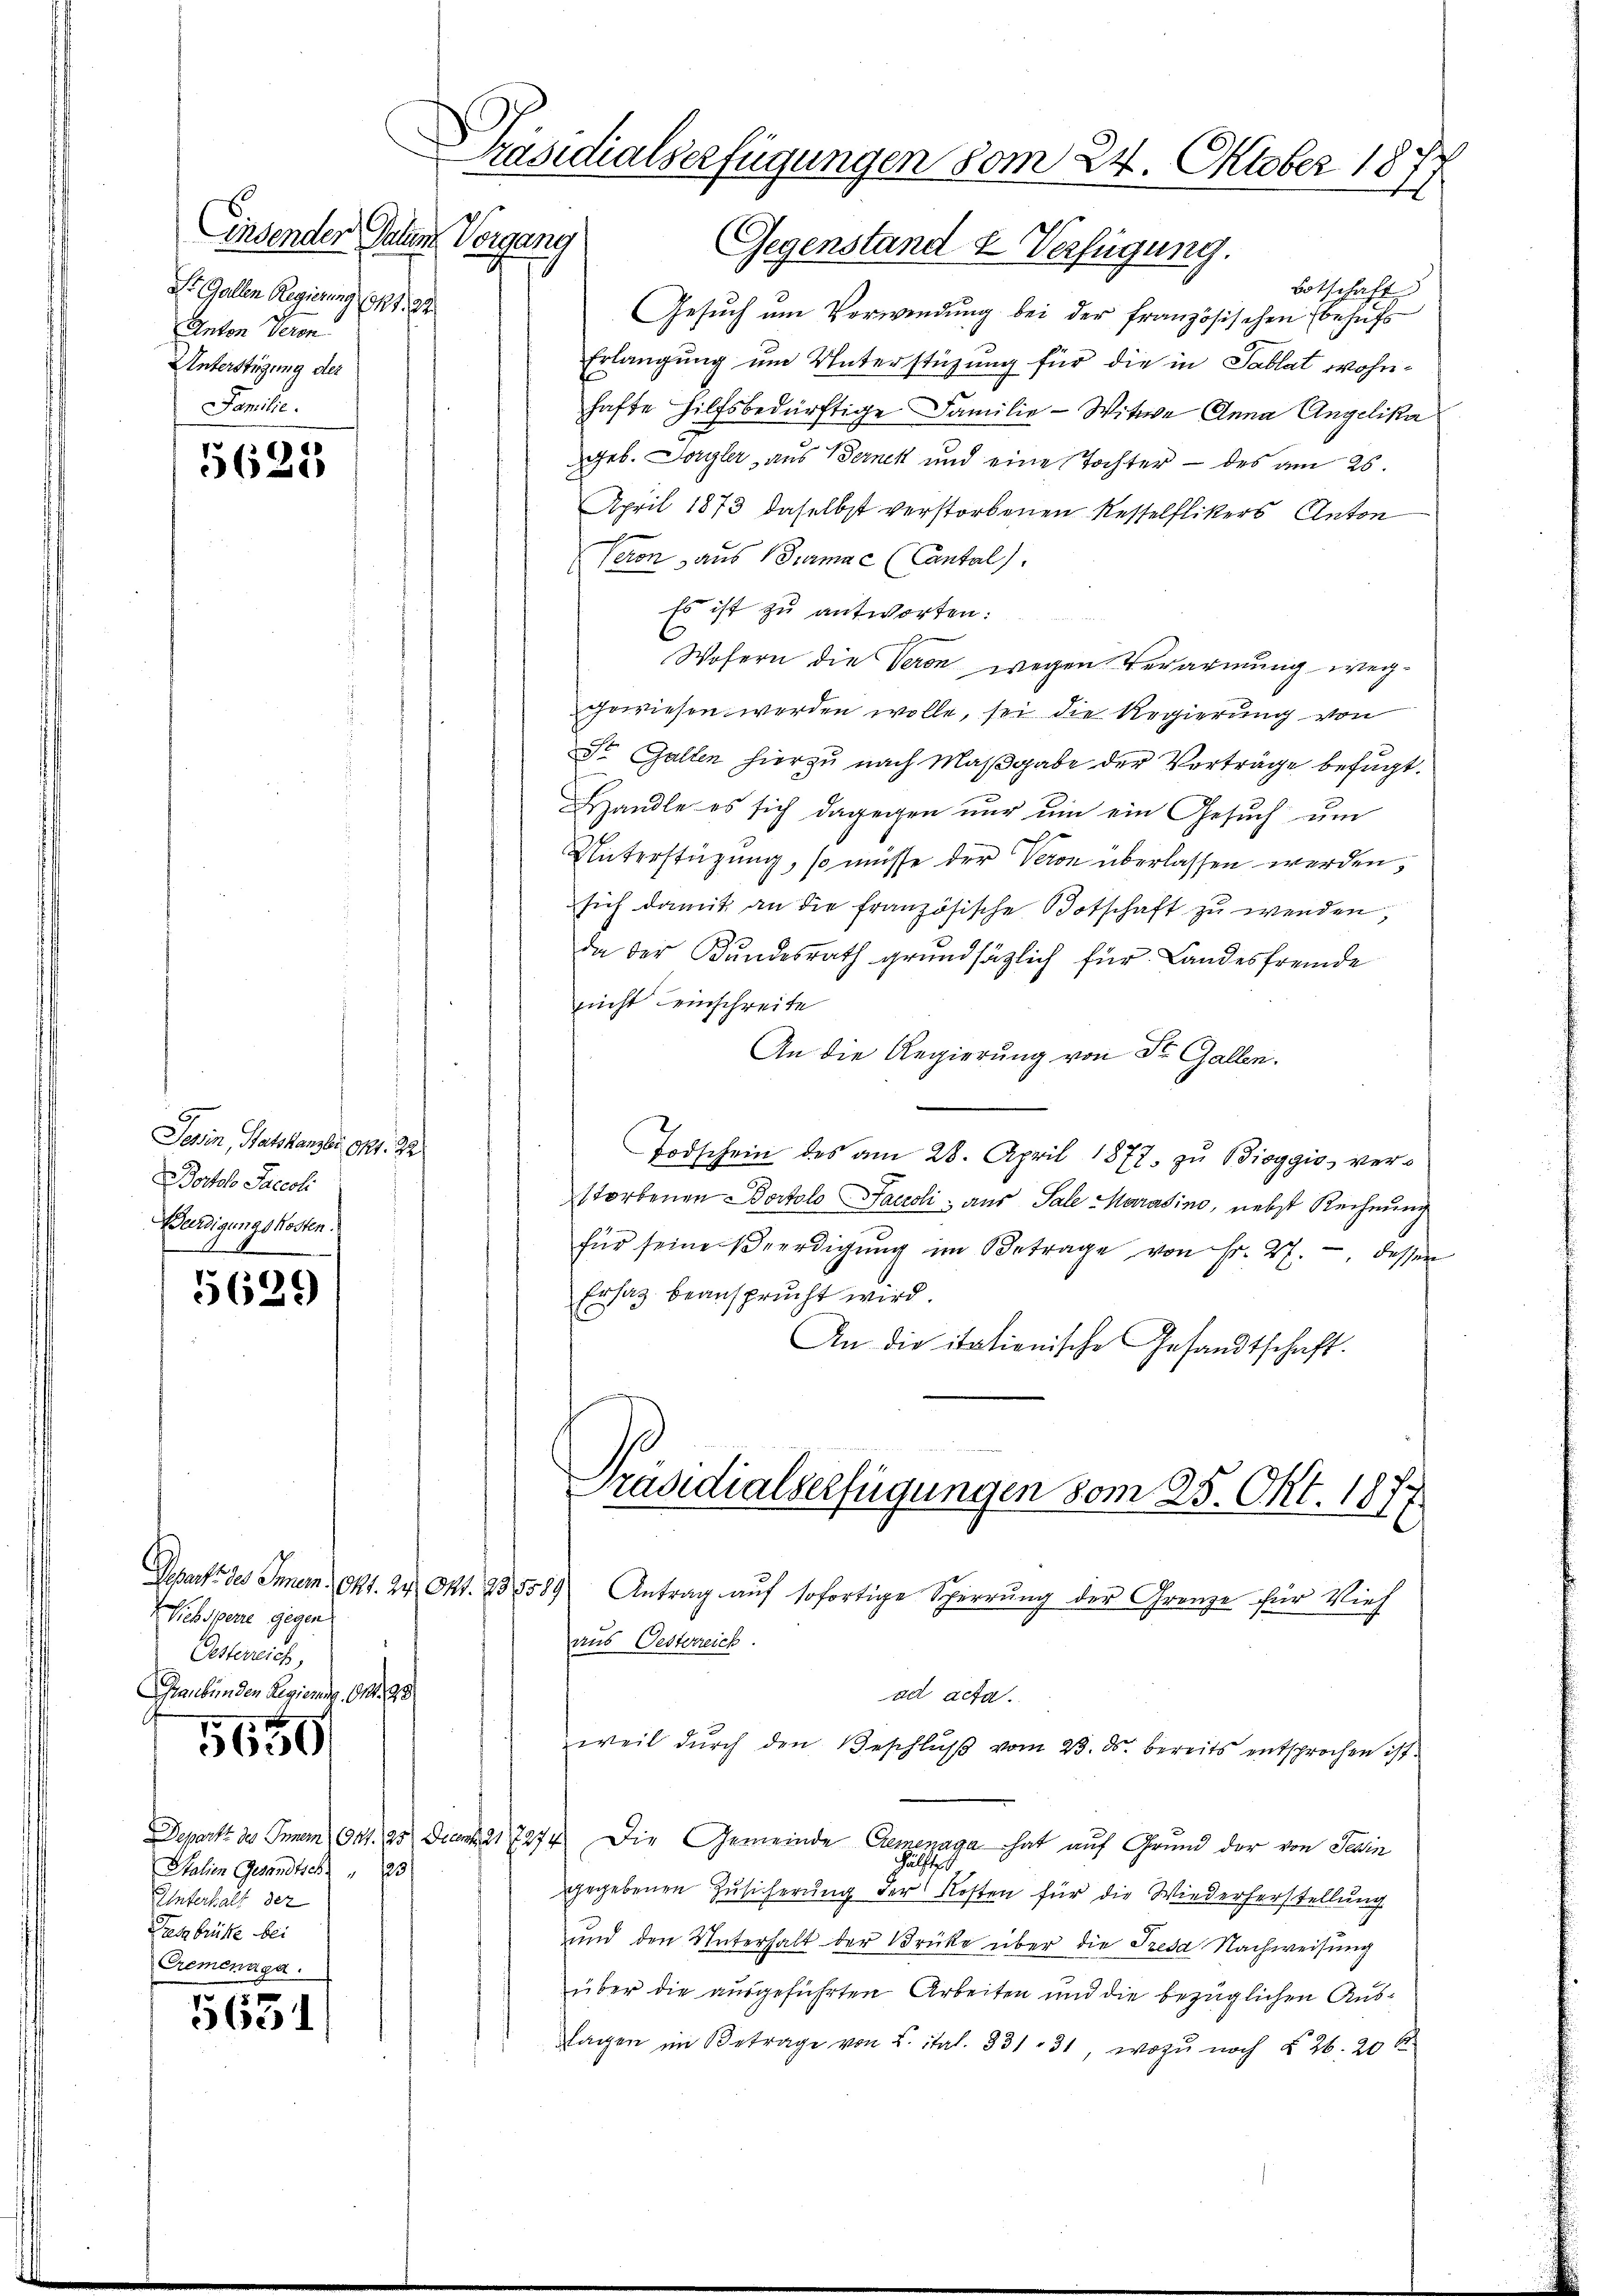
Einsender Gallen
Dr. Gallen Regierung (141. 32
Anton Veron
Unterstüzung der
Familie.

5625

Jasin, Ratskanzler Ort. 22
Portolo Pacecli
Würdigungskosten.

5629

Gesante des Innern, 141. 24. Okt. 23,1589
Siehsperre gegen
Oesterreich
Graubünden Regierung. 91. 98.

1650

Salien Gesandtsch " 23
Unterhalt der
Diessbrücke bei
Cremenaga.

5631

Präsidialserfügungen vom 24. Oktober 18
Reigung
Gegenstand & Verfügung.

Botschaft
Gesuch um Verwendung bei der französischen Behufs
Erlangung um Unterstüzung für die in Tablat wohnhafte hilfsbedürftige Familie - Witwe Anna Angelika
geb. Lagler, aus Bernek und eine Tochter – des am 26.
April 1873 daselbst verstorbenen Kesselflikers Anton
g
Veron aus Turmac (Cantal
Es ist zu antworten:
Wofern die Veron wegen Verarmung weggewiesen werden wolle, sei die Regierung von
St. Gallen hierzu nach Maßgabe der Vorträge befügt.
Handle es sich dagegen nŭr ŭm ein Gesŭch ŭm
Unterstützung, so müsse der Veron überlassen werden,
sich damit an die französische Botschaft zu werden,
da der Kundesrath grundsätzlich für Landesfremde
nicht einschreite
An die Regierung von St. Gallen.
Todschein des am 28. April 1877 zu Bioggio, verstorbenen Portolo Facroli, aus Sale Marasino, nebst Rechnung
für seine Beerdigŭng im Betrage von Fr. 27. dessen
Ersatz beansprucht wird.
An die italienische Gesandtschaft.
Präsidialverfügungen vom 25. Okt. 1877
Antrag auf sofortige Sperrung der Grenze für Vieh
aus Oesterreich.
ad acta.
weil durch den Beschlŭβ vom 23. ds. bereits entsprochen ist.
Departt des Gram Ort. 25 Drama 7274. Die Gemeinde Grenzenaga hat auf Grund der von Sein
gegebenen Zusicherung der Kosten für die Wiederherstellung
und den Unterhalt der Brüke über die Tresa Nachweisung
über die ausgeführten Arbeiten und die bezüglichen Aus¬
Tagen im Betrage von L. ital. 331. 31, wozu noch § 26. 20 k